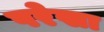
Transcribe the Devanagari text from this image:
परेखा